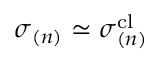
\boldsymbol { \sigma } _ { ( n ) } \simeq \boldsymbol { \sigma } _ { ( n ) } ^ { \mathrm { c l } }